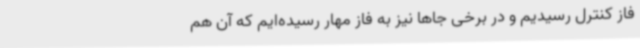
فاز کنترل رسیدیم و در برخی جاها نیز به فاز مهار رسیده‌ایم که آن هم